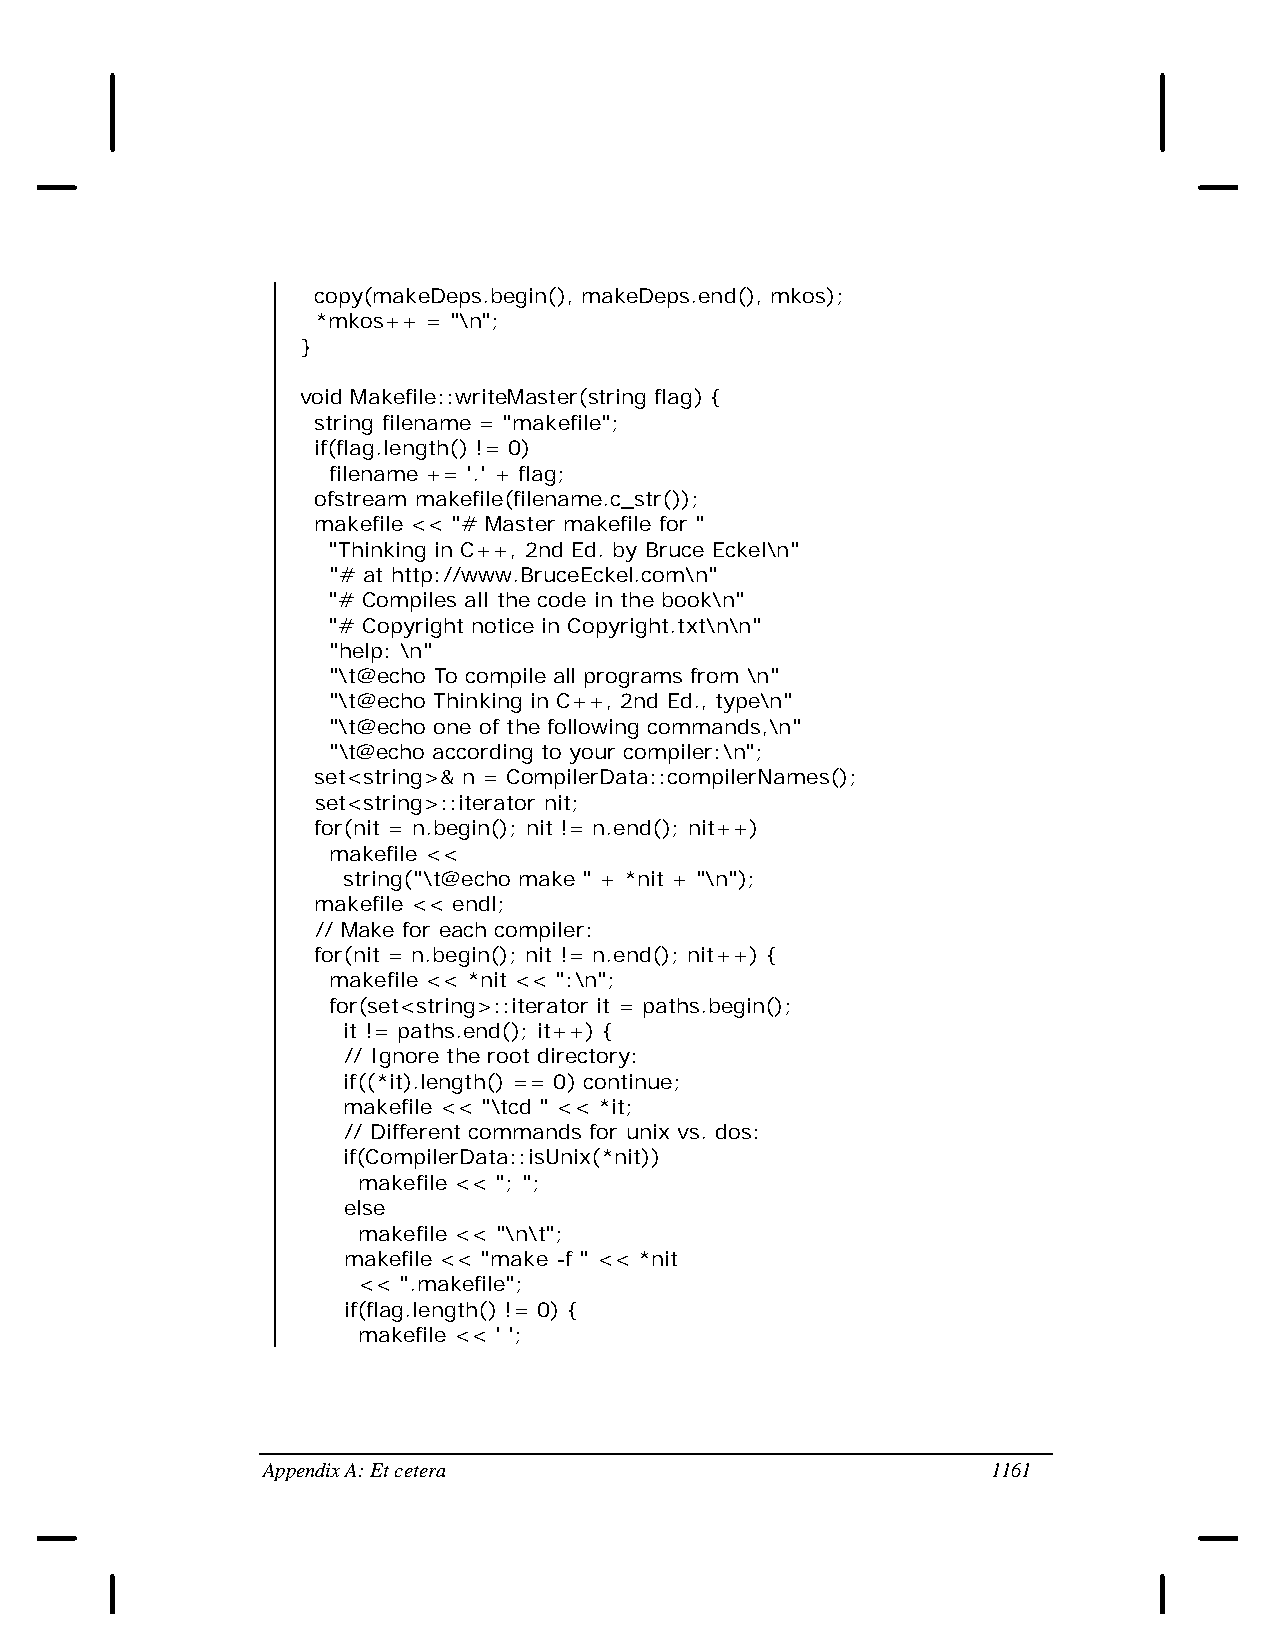
copy(makeDeps.begin(), makeDeps.end(), mkos);
 *mkos++ = "\n";
 }
 void Makefile::writeMaster(string flag) {
 string filename = "makefile";
 if(flag.length() != 0)
 filename += '.' + flag;
 ofstream makefile(filename.c_str());
 makefile << "# Master makefile for "
 "Thinking in C++, 2nd Ed. by Bruce Eckel\n"
 "# at http://www.BruceEckel.com\n"
 "# Compiles all the code in the book\n"
 "# Copyright notice in Copyright.txt\n\n"
 "help: \n"
 "\t@echo To compile all programs from \n"
 "\t@echo Thinking in C++, 2nd Ed., type\n"
 "\t@echo one of the following commands,\n"
 "\t@echo according to your compiler:\n";
 set<string>& n = CompilerData::compilerNames();
 set<string>::iterator nit;
 for(nit = n.begin(); nit != n.end(); nit++)
 makefile <<
 string("\t@echo make " + *nit + "\n");
 makefile << endl;
 // Make for each compiler:
 for(nit = n.begin(); nit != n.end(); nit++) {
 makefile << *nit << ":\n";
 for(set<string>::iterator it = paths.begin();
 it != paths.end(); it++) {
 // Ignore the root directory:
 if((*it).length() == 0) continue;
 makefile << "\tcd " << *it;
 // Different commands for unix vs. dos:
 if(CompilerData::isUnix(*nit))
 makefile << "; ";
 else
 makefile << "\n\t";
 makefile << "make -f " << *nit
 << ".makefile";
 if(flag.length() != 0) {
 makefile << ' ';
 Appendix A: Et cetera                            1161